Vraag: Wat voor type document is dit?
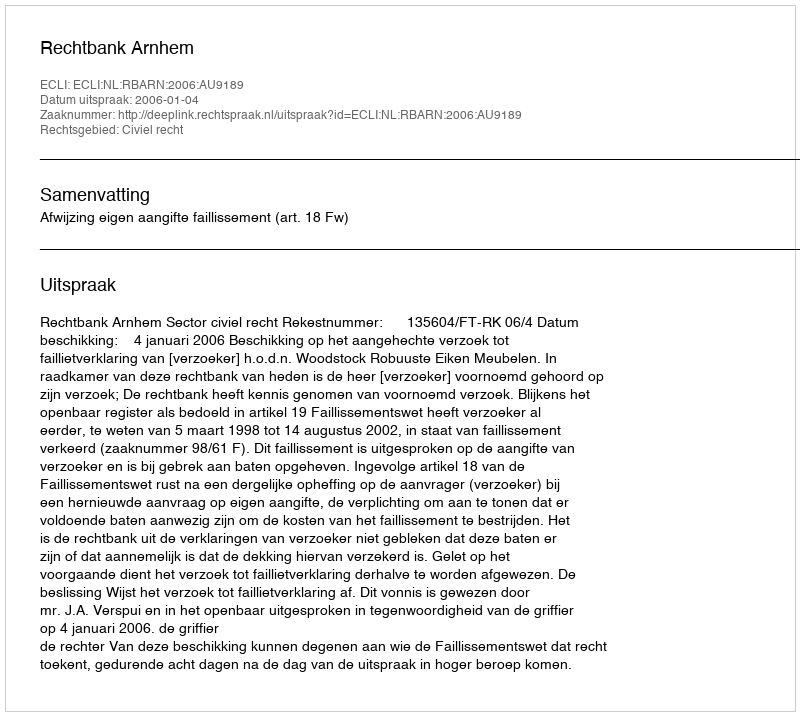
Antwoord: Uitspraak